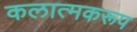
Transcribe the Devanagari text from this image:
कलात्मकरूप